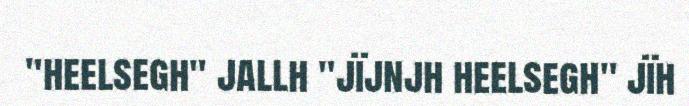
"heelsegh" jallh "jïjnjh heelsegh" jïh